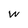
Character: w